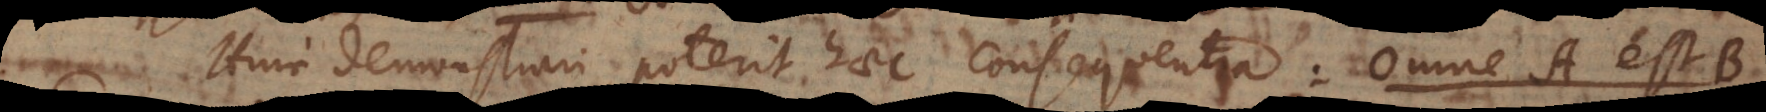
c demonstrari poterit haec consequentia: Omne A est B.